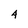
Character: 4